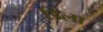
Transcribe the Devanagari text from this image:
डिला